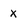
Character: x